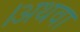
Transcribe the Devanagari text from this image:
।अथवा